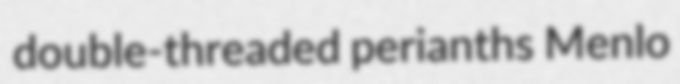
double-threaded perianths Menlo